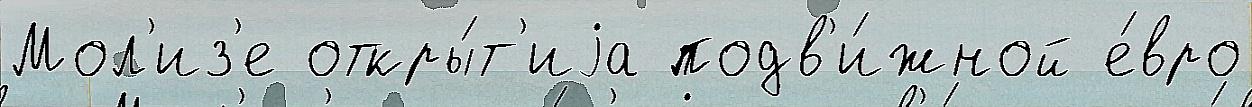
Мол'из'е откры́т'иjа подв'и́жной е́вро